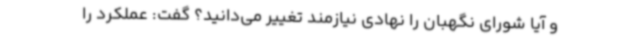
و آیا شورای نگهبان را نهادی نیازمند تغییر می‌دانید؟ گفت: عملکرد را